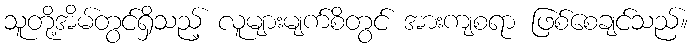
သူတို့အိမ်တွင်ရှိသည့် လူများမျက်စိတွင် အားကျစရာ ဖြစ်စေချင်သည်။